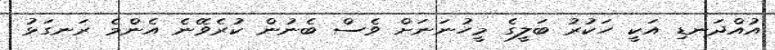
އުއްދަނޑި އަކީ ހަކުރު ބަލީގެ މީހުނަނަށް ވެސް ބެނުން ކުރެވޭނެ އެންމެ ރަނގަޅު